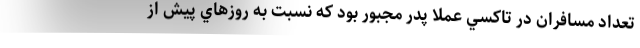
تعداد مسافران در تاكسي عملا پدر مجبور بود كه نسبت به روزهاي پيش از